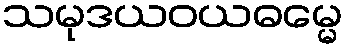
သမုဒယဝယဓမ္မေ